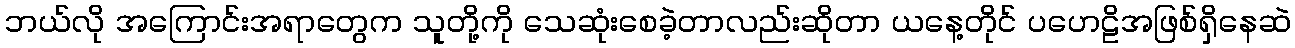
ဘယ်လို အကြောင်းအရာတွေက သူတို့ကို သေဆုံးစေခဲ့တာလည်းဆိုတာ ယနေ့တိုင် ပဟေဠိအဖြစ်ရှိနေဆဲ